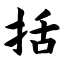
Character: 括